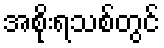
အစိုးရသစ်တွင်